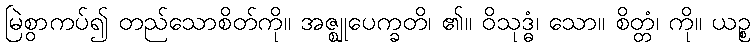
မြဲစွာကပ်၍ တည်သောစိတ်ကို။ အဇ္ဈုပေက္ခတိ၊ ၏။ ဝိသုဒ္ဓံ၊ သော။ စိတ္တံ၊ ကို။ ယဉ္စ